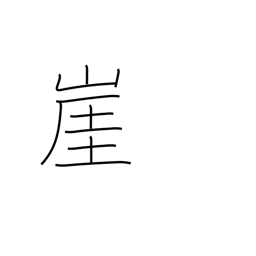
Meaning: cliff